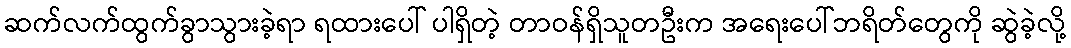
ဆက်လက်ထွက်ခွာသွားခဲ့ရာ ရထားပေါ် ပါရှိတဲ့ တာဝန်ရှိသူတဦးက အရေးပေါ်ဘရိတ်တွေကို ဆွဲခဲ့လို့